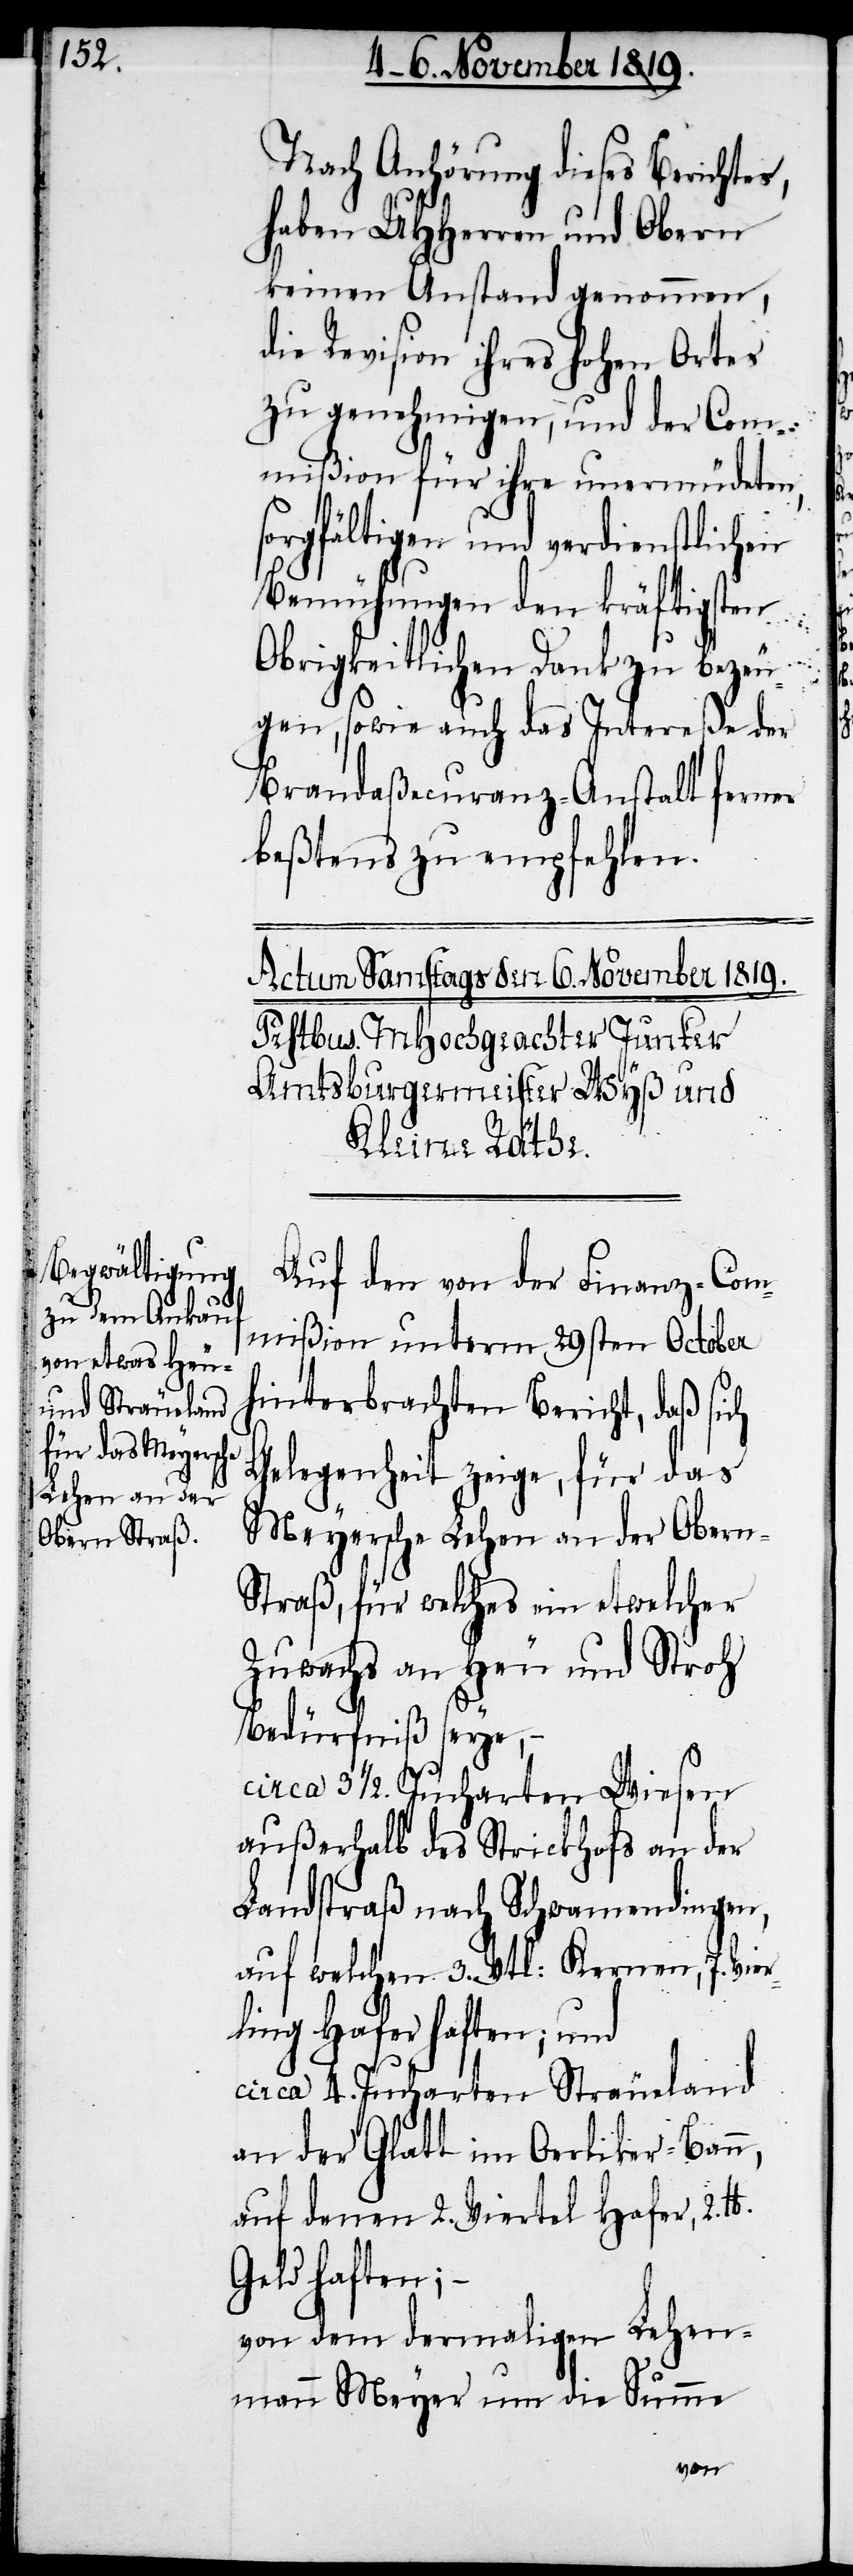
Nach Anhörung dieses Berichtes,
haben UHHerren und Obern
keinen Anstand genommen,
die Revision ihres hohen Ortes
zu genehmigen, und der Com¬
mißion für ihre unermüdeten,
sorgfältigen und verdienstlichen
Bemühungen den kräftigsten
Obrigkeitlichen Dank zu bezeu¬
gen, sowie auch das Intereße der
Brandaßecuranz-Anstalt ferner
beßtens zu empfangen.
Auf den von der Finanz-Com¬
mißion unterm 29sten October
hinterbrachten Bericht, daß sich
Gelegenheit zeige, für das
Meyersche Lehen an der Obern-S¬
traß, für welches ein etwelcher
Zuwachs an Heu und Stroh
Bedürfniß seye, –
circa 3 ½. Jucharten Wiesen
außerhalb des Strickhofs an der
Landstraß nach Schwamendingen,
auf welchen 3. Vtl: Kernen, 7. Vie¬
rling Hafer haften; und
circa 4. Jucharten Sträueland
an der Glatt im Oerliker-Bau,
auf denen 2. Viertel Hafer, 2.
Geld haften;
von dem dermaligen Lehen¬
mann Meyer um die Summe